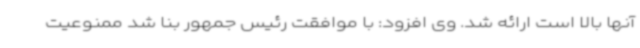
آنها بالا است ارائه شد. وی افزود: با موافقت رئیس جمهور بنا شد ممنوعیت